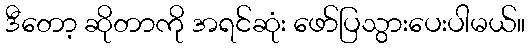
ဒီတော့ ဆိုတာကို အရင်ဆုံး ဖော်ပြသွားပေးပါမယ်။